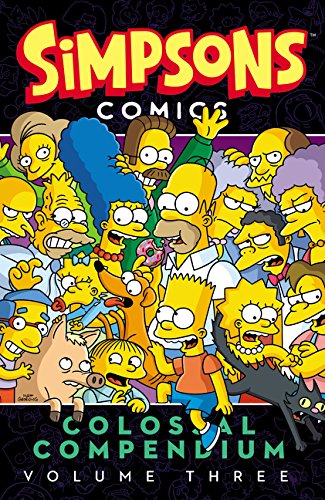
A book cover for Simpsons Comics Colossal Compendium Volume 3; Matt Groening; Children's Books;